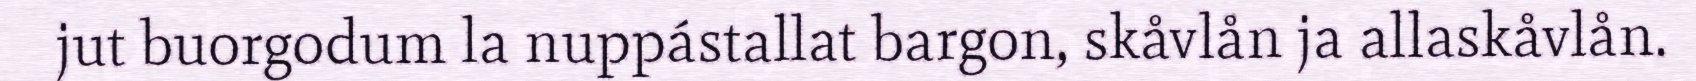
jut buorgodum la nuppástallat bargon, skåvlån ja allaskåvlån.